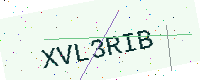
Text: XVL3RIB